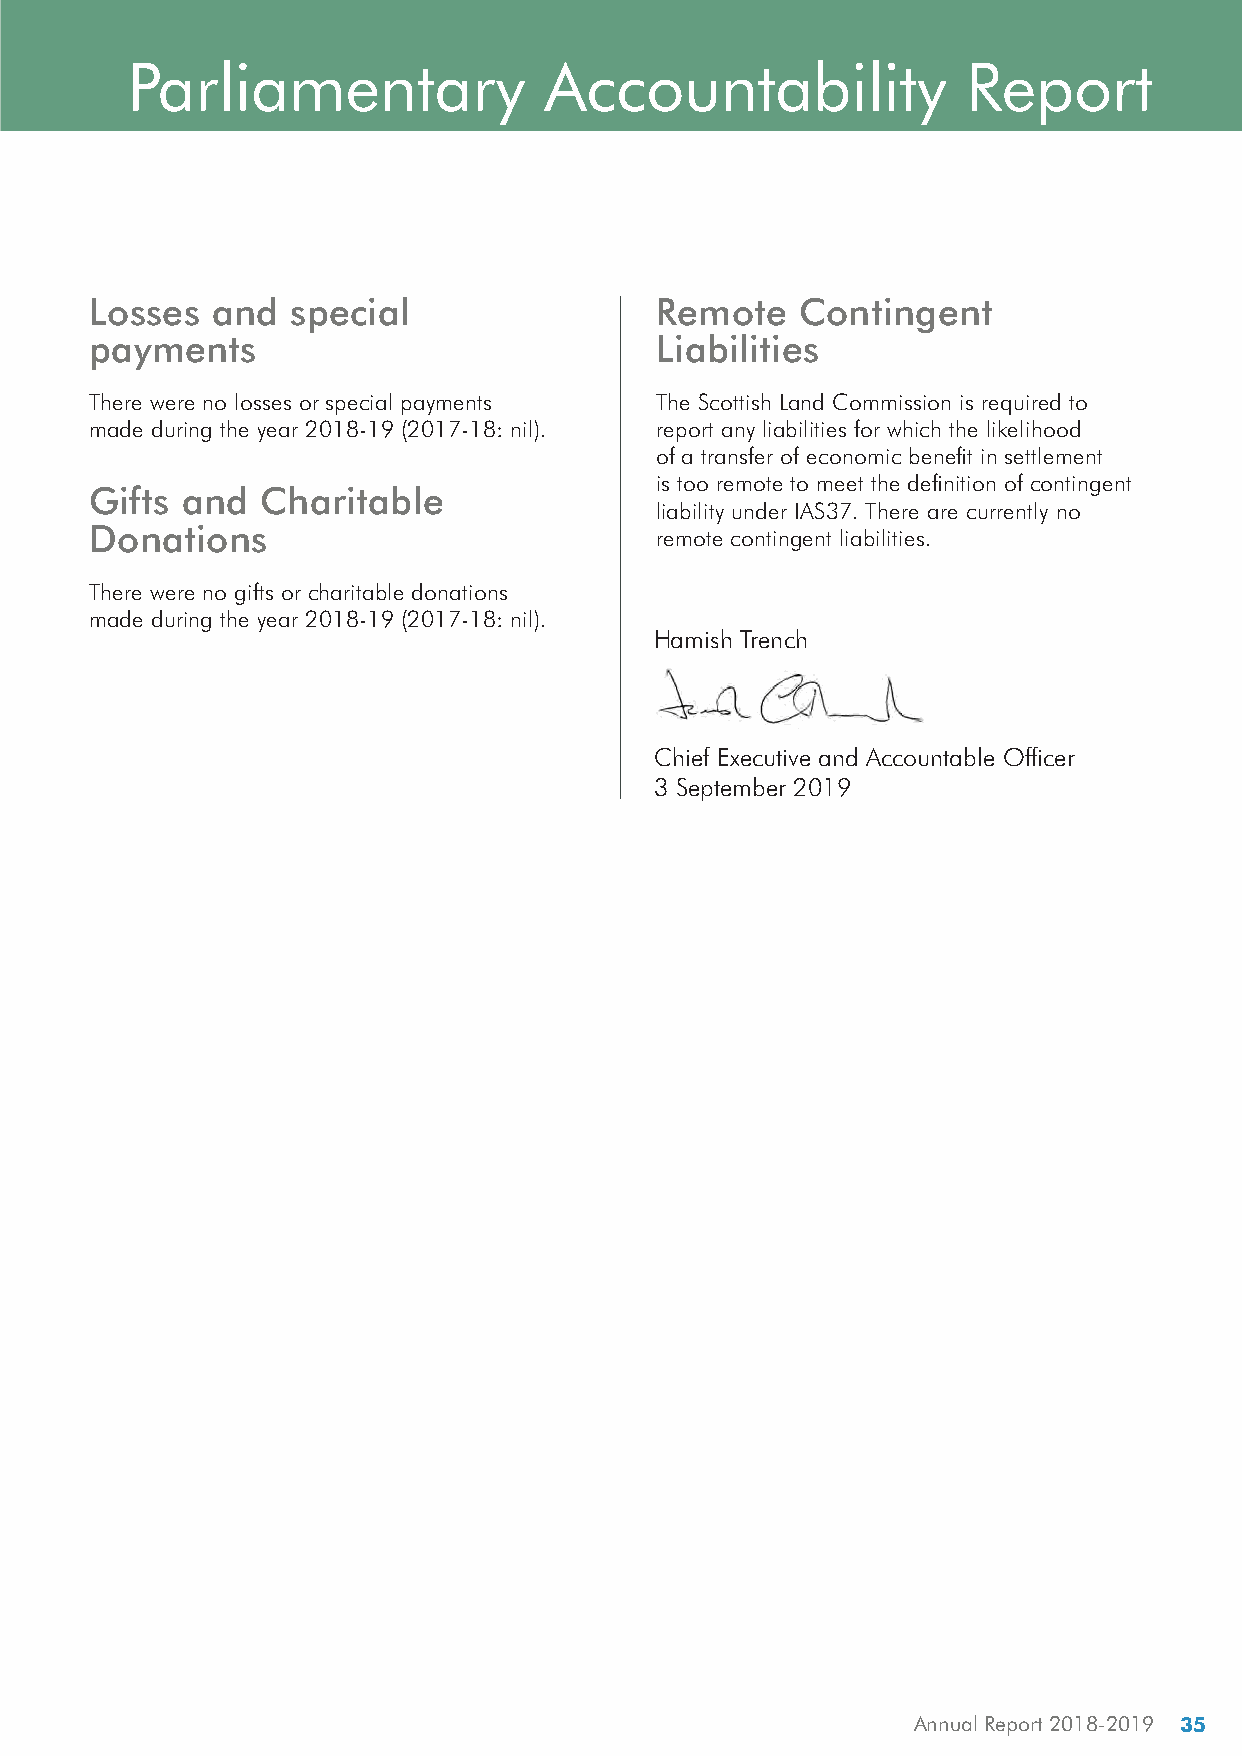
Parliamentary              Accountability              Report
 Losses  and  special                  Remote   Contingent
 payments                              Liabilities
 There were no losses or special payments The Scottish Land Commission is required to
 made during the year 2018-19 (2017-18: nil). report any liabilities for which the likelihood
 of a transfer of economic benefit in settlement
 is too remote to meet the definition of contingent
 Gifts and  Charitable
 liability under IAS37. There are currently no
 Donations                             remote contingent liabilities.
 There were no gifts or charitable donations
 made during the year 2018-19 (2017-18: nil).
 Hamish Trench
 Chief Executive and Accountable Officer
 3 September 2019
 Annual Report 2018-2019 35